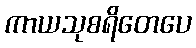
ကာယသုစရိတေပေ